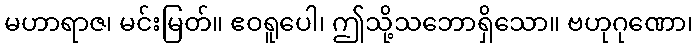
မဟာရာဇ၊ မင်းမြတ်။ ဧဝရူပေါ၊ ဤသို့သဘောရှိသော။ ဗဟုဂုဏော၊